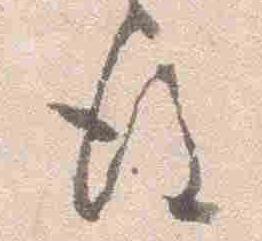
後